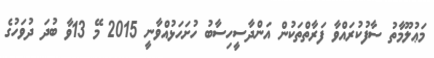
މަޢުލޫމާތު ސާފުކުރައްވާ ފަރާތްތަކުން އަންދާސީހިސާބު ހުށަހަޅުއްވާނީ 2015 މޭ 13ވާ ބުދަ ދުވަހުގެ